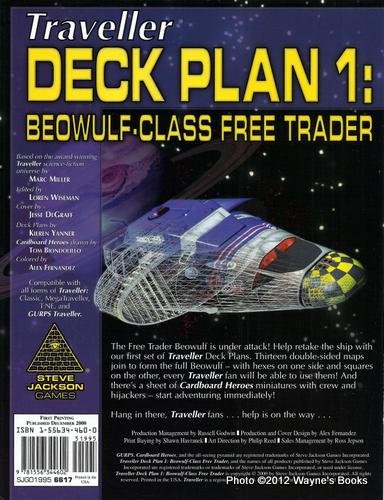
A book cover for Deck Plan 1: Beowulf-class Free Trader (GURPS Traveller); Steve Jackson Games; Science Fiction & Fantasy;